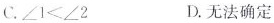
C. $$∠ 1 < ∠ 2$$ D.无法确定